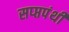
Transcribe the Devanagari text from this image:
सप्प्तपंथी